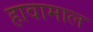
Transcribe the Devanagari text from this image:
हावामाल